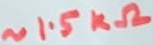
Text: ~1.5kΩ